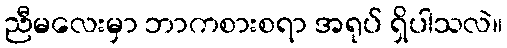
ညီမလေးမှာ ဘာကစားစရာ အရုပ် ရှိပါသလဲ။